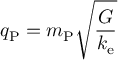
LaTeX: q _ { \mathrm { P } } = m _ { \mathrm { P } } { \sqrt { \frac { G } { k _ { \mathrm { e } } } } }